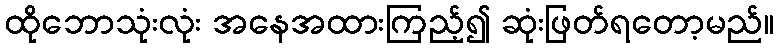
ထိုဘောသုံးလုံး အနေအထားကြည့်၍ ဆုံးဖြတ်ရတော့မည်။